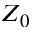
Z _ { 0 }